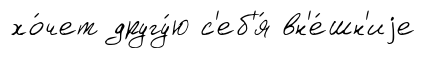
хо́чет другу́ю с'еб'я́ вн'е́шн'иjе